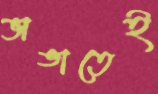
ভাঙাতেই